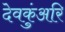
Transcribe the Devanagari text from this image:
देवकुंअरि